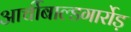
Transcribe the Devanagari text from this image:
आर्चीबाल्डगार्रोड़